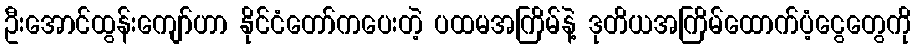
ဦးအောင်ထွန်းကျော်ဟာ နိုင်ငံတော်ကပေးတဲ့ ပထမအကြိမ်နဲ့ ဒုတိယအကြိမ်ထောက်ပံ့ငွေတွေကို